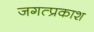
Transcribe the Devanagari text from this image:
जगत्प्रकाश